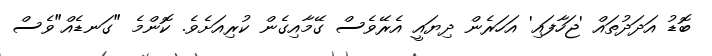
ބޮޑު އަދަދުތައް 'ޖަހާފައި' އަހަރެން ދިޔައީ އެރޭވެސް ގޭމާއިގެން ކުރިއަށެވެ. ކޮންމެ "ގަނޑެއް"ވެސް